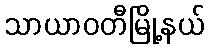
သာယာဝတီမြို့နယ်